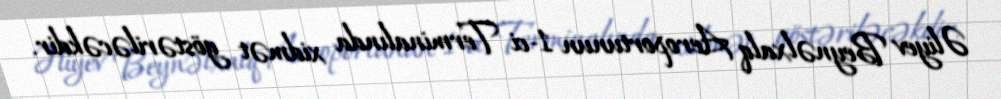
Əliyev Beynəlxalq Aeroportunun 1-ci Terminalında xidmət göstəriləcəkdir.